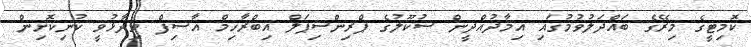
ކޮމިޓީގެ މިރޭގެ ބައްދަލުވުމުގައި އިމާދުއްދީން ސުކޫލުގެ ޕްރިންސިޕަލް އިބްރާހިމް އާސިފް ވިދާޅުވީ ކުނިކޮށިން